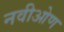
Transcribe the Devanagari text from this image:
नवीओण